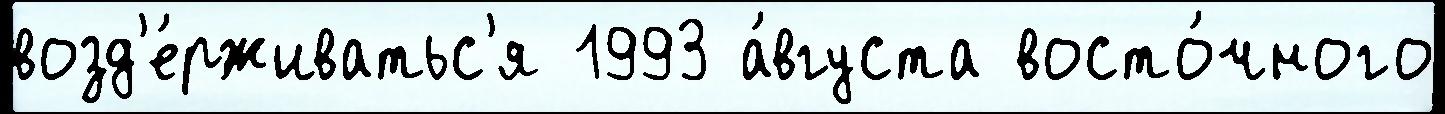
возд'е́рживатьс'я 1993 а́вгуста восто́чного